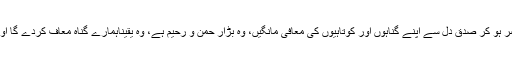
ضرور ت اس امر کی ہے کہ ہم اپنے ربّ کے حضور حاضر ہو کر صدقِ دل سے اپنے گناہوں اور کوتاہیوں کی معافی مانگیں، وہ بڑار حمن و رحیم ہے، وہ یقیناہمارے گناہ معاف کردے گا اور ہمیں کرونا وائرس جیسے مرض سے چھٹکارا دلا دے گا۔